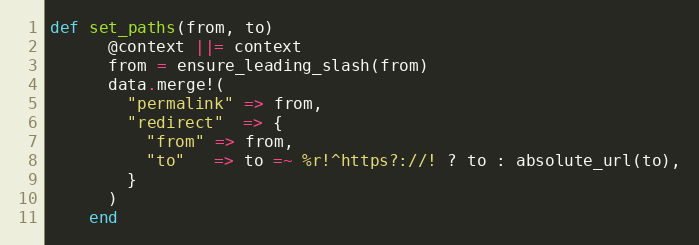
Language: Ruby
def set_paths(from, to)
      @context ||= context
      from = ensure_leading_slash(from)
      data.merge!(
        "permalink" => from,
        "redirect"  => {
          "from" => from,
          "to"   => to =~ %r!^https?://! ? to : absolute_url(to),
        }
      )
    end